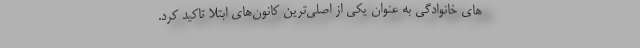
های خانوادگی به عنوان یکی از اصلی‌ترین کانون‌های ابتلا تاکید کرد.